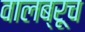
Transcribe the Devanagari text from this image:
वालब्रूच